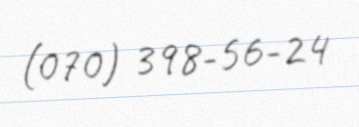
(070) 398-56-24